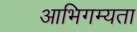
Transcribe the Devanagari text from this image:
आभिगम्यता